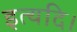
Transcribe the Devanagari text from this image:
इत्यदि।